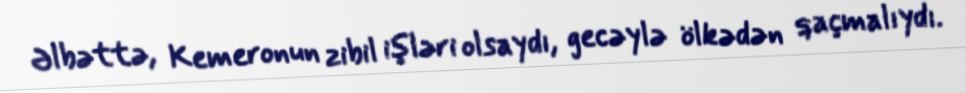
Əlbəttə, Kemeronun zibil işləri olsaydı, gecəylə ölkədən qaçmalıydı.